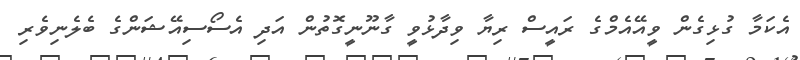
އެކަމާ ގުޅިގެން ވީއޭއެމްގެ ރައީސް ރިޔާ ވިދާޅުވީ ގާނޫނީގޮތުން އަދި އެސޯސިއޭޝަންގެ ބެލެނިވެރި